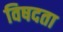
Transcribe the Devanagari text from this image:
विषदता